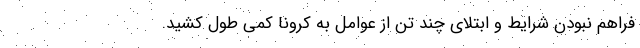
فراهم نبودن شرایط و ابتلای چند تن از عوامل به کرونا کمی طول کشید.